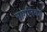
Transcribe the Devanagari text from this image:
नागनिका